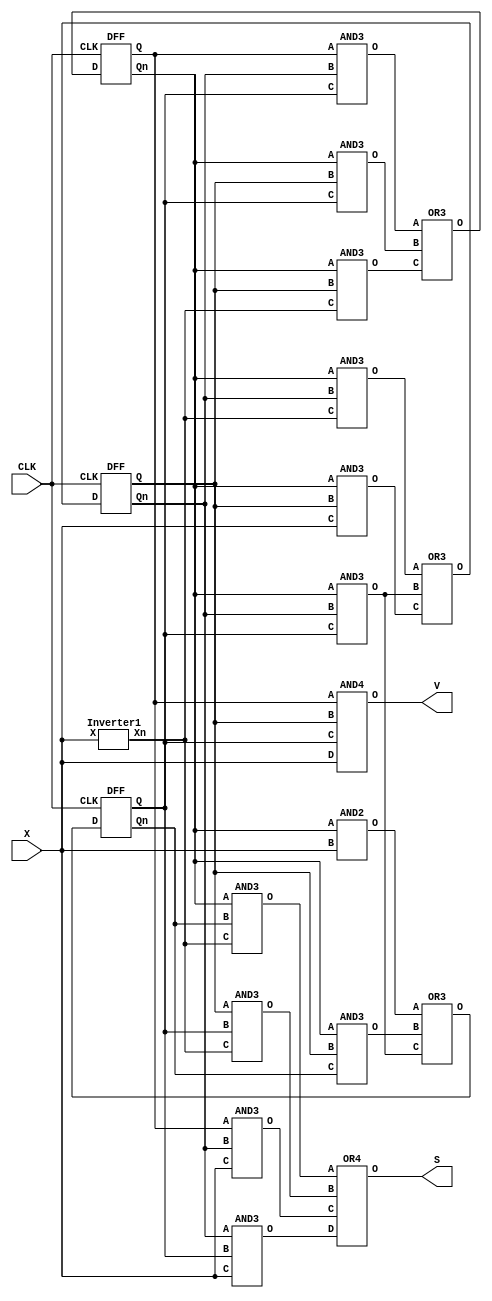
module Plus3_Struct(X, CLK, S, V);
   input X, CLK;
   output S, V;

   // Inverted input
   wire Xn;

   // AND gate outputs
   wire ABnC, AnBC, AnBXn, AnBnXn, AnBnC, AnBX, AnX, AnBCn, AnCnXn, BCXn, ABnX, BnCX;

   // Flip flop inputs
   wire D1, D2, D3;

   // Flip flop outputs
   wire Q1, Q2, Q3, Q1n, Q2n, Q3n;

   Inverter1 I1(X, Xn);

   // Minterms
   AND3 A1(Q1, Q2n, Q3, ABnC);
   AND3 A2(Q1n, Q2, Q3, AnBC);
   AND3 A3(Q1n, Q2, Xn, AnBXn);
   AND3 A4(Q1n, Q2n, Xn, AnBnXn);
   AND3 A5(Q1n, Q2n, Q3, AnBnC);
   AND3 A6(Q1n, Q2, X, AnBX);
   AND2 A7(Q1n, X, AnX);
   AND3 A8(Q1n, Q2, Q3n, AnBCn);
   AND3 A9(Q1n, Q3n, Xn, AnCnXn);
   AND3 A10(Q2, Q3, Xn, BCXn);
   AND3 A11(Q1, Q2n, X, ABnX);
   AND3 A12(Q2n, Q3, X, BnCX);

   // Next States
   OR3 O1(ABnC, AnBC, AnBXn, D1);
   OR3 O2(AnBnXn, AnBnC, AnBX, D2);
   OR3 O3(AnX, AnBCn, AnBnC, D3);

   //Flip Flop Declarations
   DFF F1(D1, CLK, Q1, Q1n);
   DFF F2(D2, CLK, Q2, Q2n);
   DFF F3(D3, CLK, Q3, Q3n);

   //Outputs
   OR4 O4(AnCnXn, BCXn, ABnX, BnCX, S);
   AND4 A13(Q1, Q2, Q3, X, V);
endmodule


module DFF(D, CLK, Q, Qn);
   input D, CLK;
   output reg Q, Qn;

   initial
   begin
      Q = 1'b0;
      Qn = 1'b1;
   end

   always @(posedge CLK)
   begin
      Q <= D;
      Qn <= ~D;
   end
endmodule

module OR3(A, B, C, O);
   input A, B, C;
   output O;

   assign O = (A | B | C);
endmodule

module OR4(A, B, C, D, O);
   input A, B, C, D;
   output O;
   
   assign O = (A| B | C | D);
endmodule

module AND2(A, B, O);
   input A, B;
   output O;
   
   assign O = A & B;
endmodule

module AND3(A, B, C, O);
   input A, B, C;
   output O;
   
   assign O = (A & B & C);
endmodule

module AND4(A, B, C, D, O);
   input A, B, C, D;
   output O;
   
   assign O = (A & B & C & D);
endmodule

module Inverter1(X, Xn);
   input X;
   output Xn;
   
   assign Xn = ~(X);
endmodule